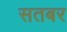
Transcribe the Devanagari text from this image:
सतबर